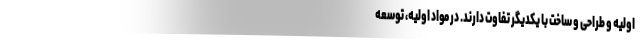
اولیه و طراحی و ساخت با یکدیگر تفاوت دارند. در مواد اولیه، توسعه